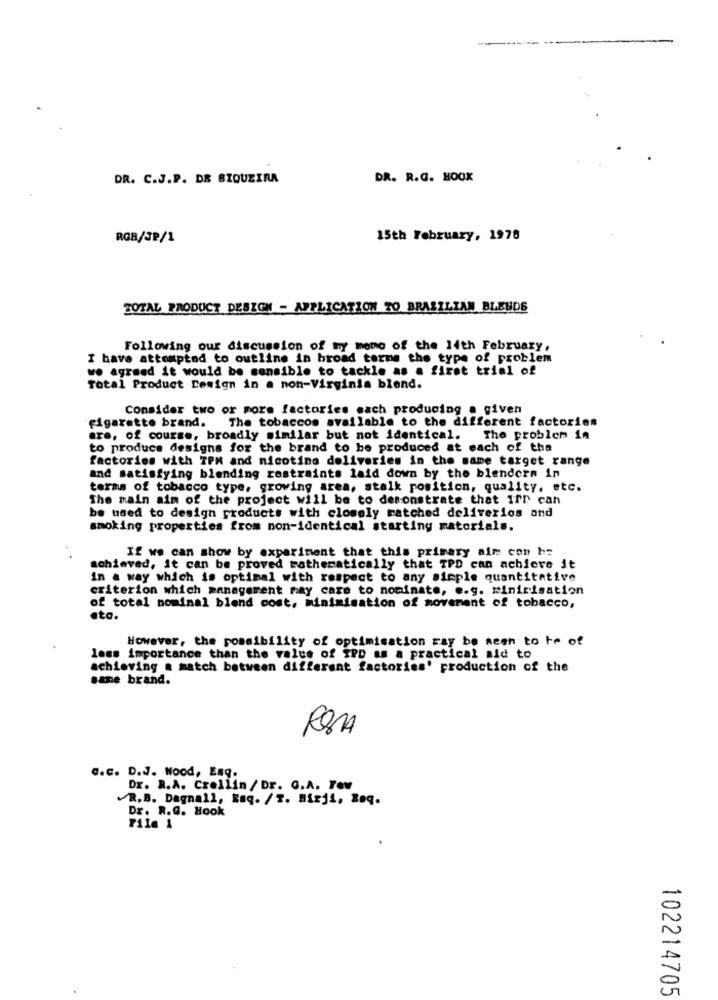
DR. C.J.P. DE BIQUEIRA
DR. R.G. HOOK
RGB/JP/1
15th February, 1978
TOTAL PRODUCT DESIGN - APPLICATION TO BRASILIAN BLENDS
Following our discussion of my momo of the 14th February,
I have attempted to outline in broad torms the type of problem
we agreed it would be sensible to tackle as a first trial of
Total Product Design in a non-Virginia blend.
Consider two or more factories each producing a given
cigarette brand. The tobaccos available to the different factories
are, of course, broadly similar but not identical.
The problem in
to produce designs for the brand to be produced at each of the
factories with TPM and nicoting deliveries in the same target range
and satisfying blending restraints laid down by the blendera in
terms of tobacco type, growing area, stalk position, quality, etc.
The main aim of the project will be to demonstrate that ifr can
be used to design products with closely ratched deliverios and
smoking properties from non-identical starting materials.
If we can show by experiment that this primary aim con he
achieved, it can be proved mathematically that TPD can achieve it
in a way which is optimal with respect to any simple quantitative
criterion which management may care to nominate, e.g. Minirisation
of total nominal blend cost. Minimisation of movement of tobacco,
ata.
However, the possibility of optimisation ray be seen to te of
less importance than the value of TPD as a practical aid to
achieving & match between different factories' production of the
sane brand.
G.c. D.J. Wood, Eng.
Dr. R.A. Crellin / Dr. G.A. Tev
R.B. Dagnall, Raq. / T. Hizji, Boq.
Dr. R.G. Hook
Pile 1
102214705